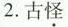
2.古怪